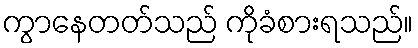
ကွာနေတတ်သည် ကိုခံစားရသည်။